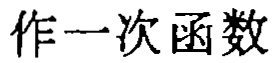
作一次函数